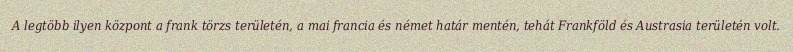
A legtöbb ilyen központ a frank törzs területén, a mai francia és német határ mentén, tehát Frankföld és Austrasia területén volt.